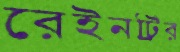
রেইনট্রির